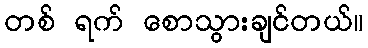
တစ် ရက် စောသွားချင်တယ်။